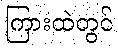
ကြားထဲတွင်